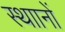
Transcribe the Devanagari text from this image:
स्थाानों